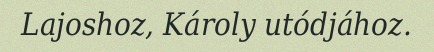
Lajoshoz, Károly utódjához.